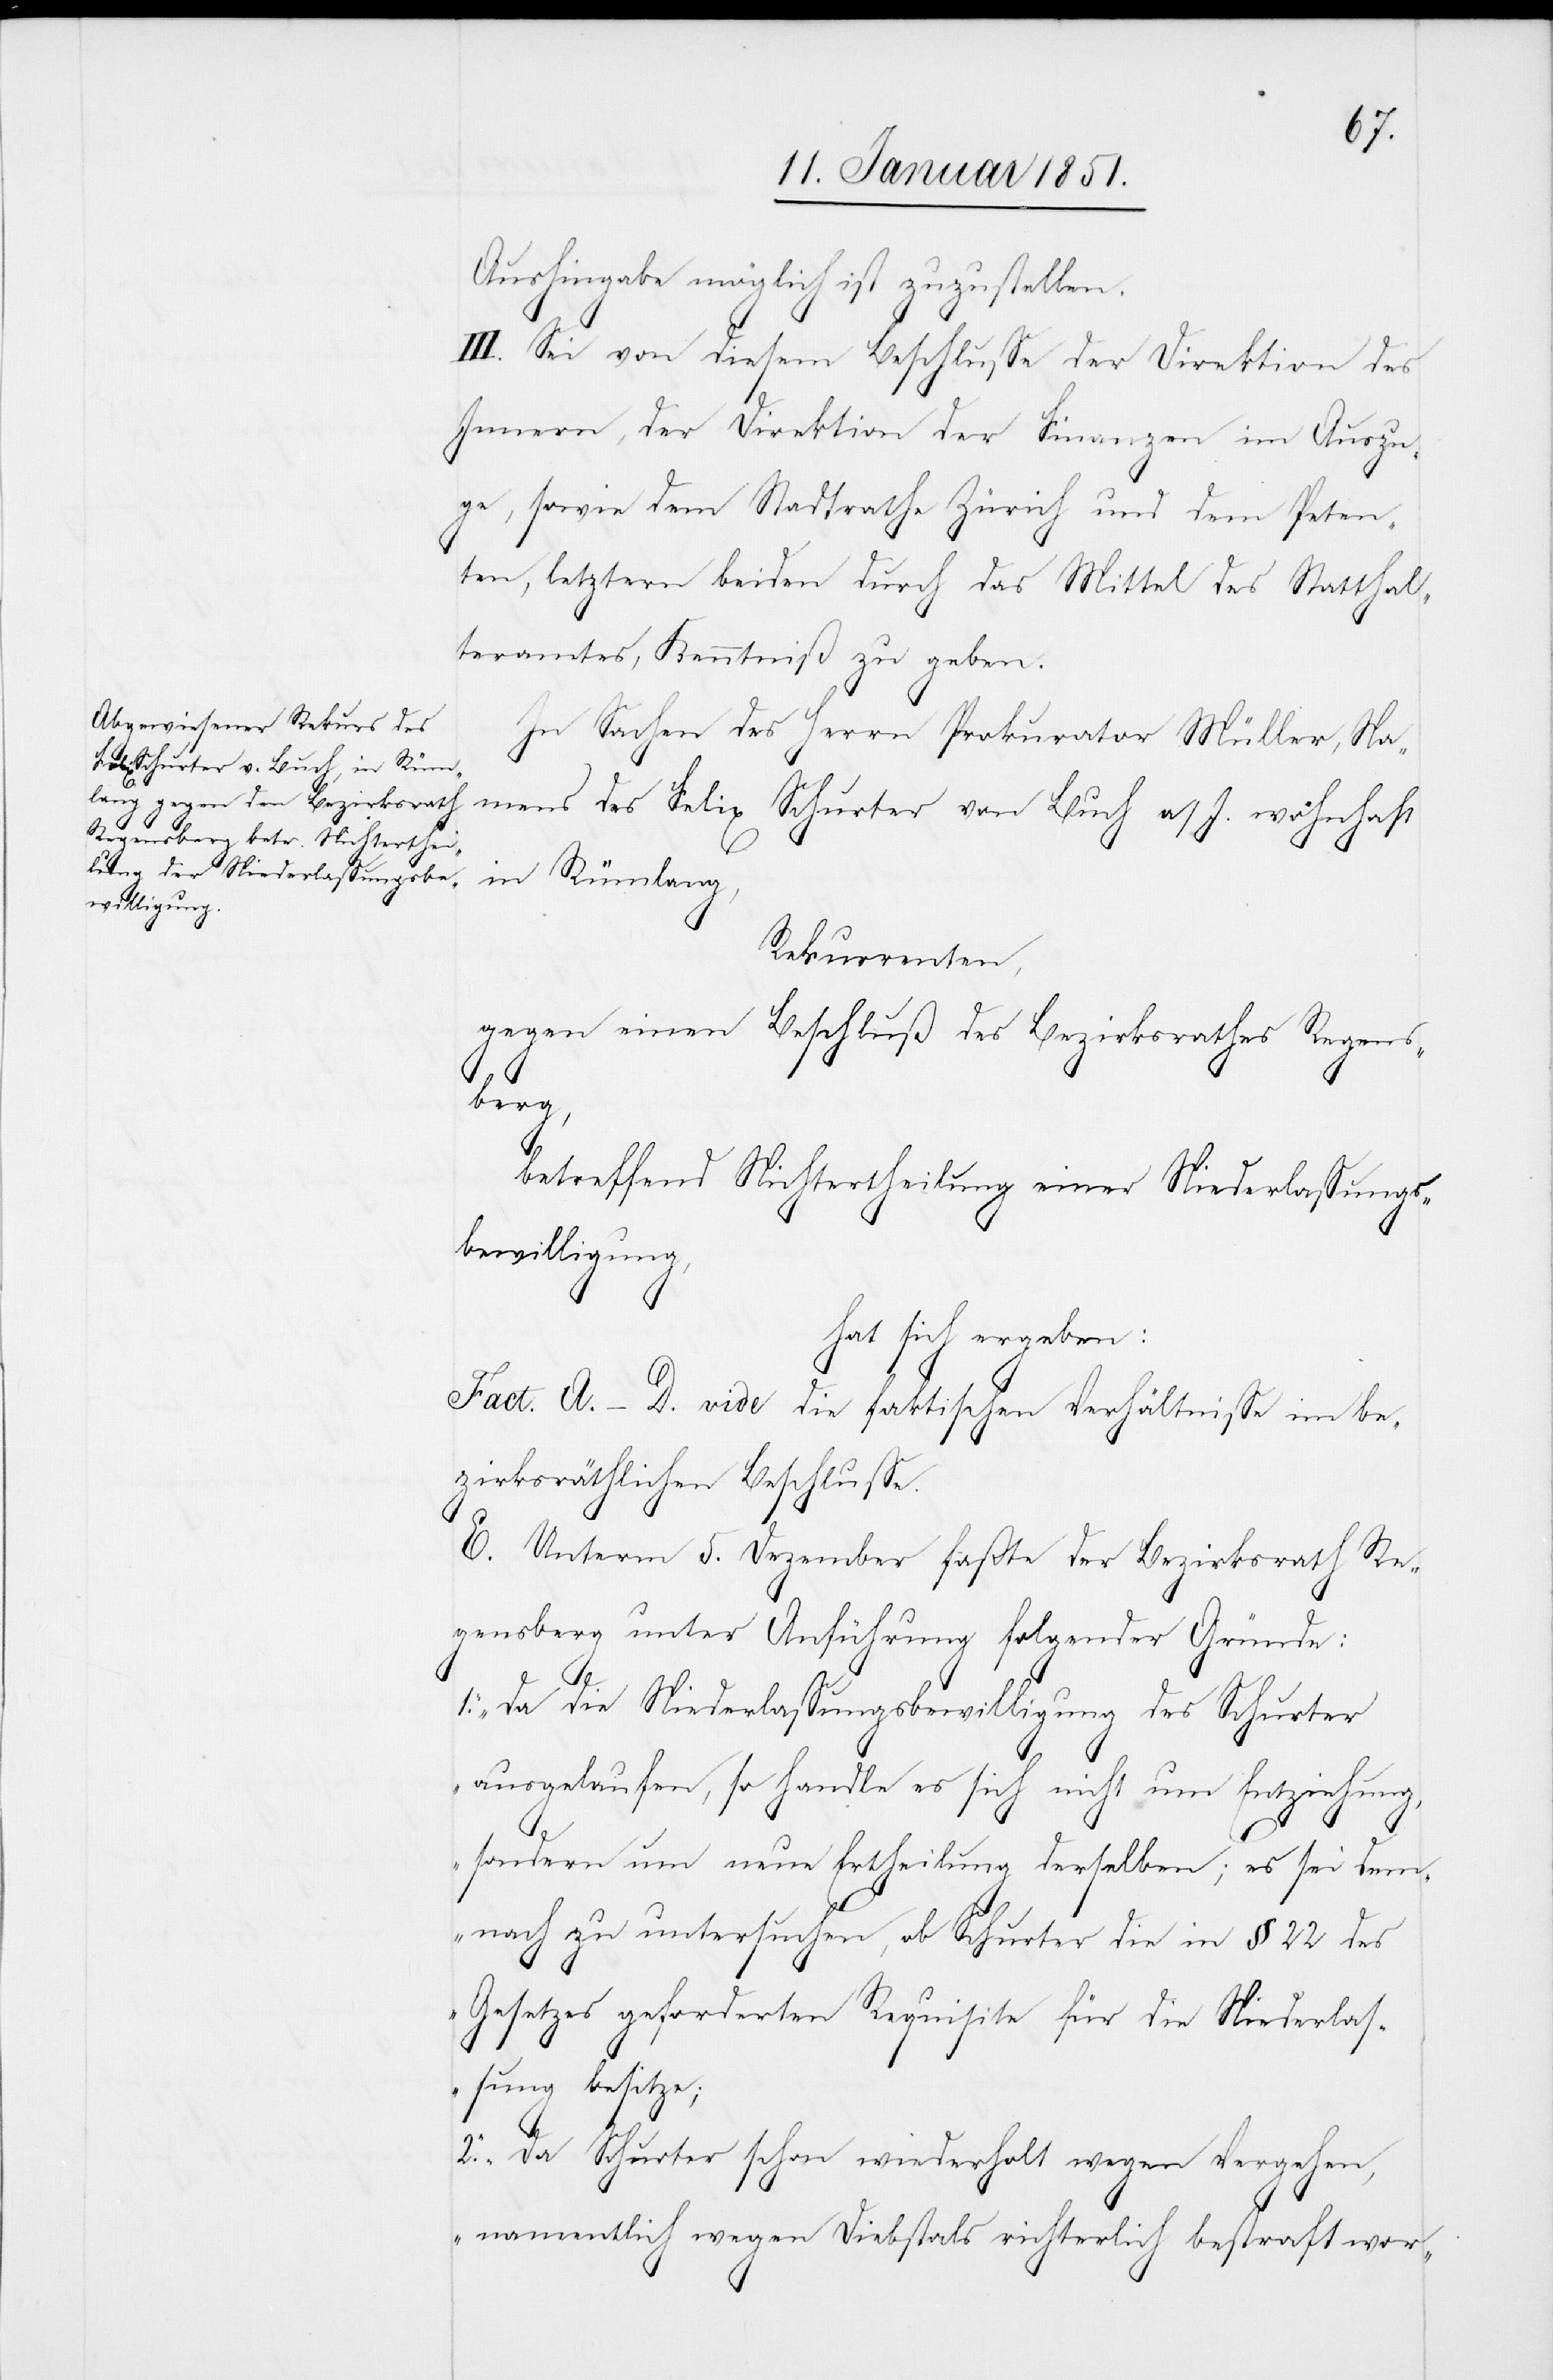
Aushingabe möglich ist zuzustellen.
III. Sei von diesem Beschlusse der Direktion des
Innern, der Direktion der Finanzen im Auszu¬
ge, sowie dem Stadtrathe Zürich und dem Peten¬
ten, letztern beiden durch das Mittel des Statthal¬
teramtes, Kenntniß zu geben.
In Sachen des Herrn Prokurator Müller, Na¬
mens des Felix Schurter von Buch a/I. wohnhaft
in Rümlang,
Rekurrenten,
gegen einen Beschluß des Bezirksrathes Regens¬
berg,
betreffend Nichtertheilung einer Niederlassungs¬
bewilligung,
hat sich ergeben:
Fact. A.–D. vide die faktischen Verhältnisse im be¬
zirksräthlichen Beschlusse.
E. Unterm 5. Dezember faßte der Bezirksrath Re¬
gensberg unter Anführung folgender Gründe:
„Da die Niederlassungsbewilligung des Schurter
1.
ausgelaufen, so handle es sich nicht um Entziehung,
sondern um neue Ertheilung derselben; es sei dem¬
nach zu untersuchen, ob Schurter die in § 22 des
Gesetzes geforderten Requisite für die Niederlas¬
sung besitze;
2. Da Schurter schon wiederholt wegen Vergehen,
namentlich wegen Diebsta[h]ls richterlich bestraft wor-